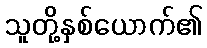
သူတို့နှစ်ယောက်၏